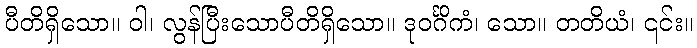
ပီတိရှိသော။ ဝါ၊ လွန်ပြီးသောပီတိရှိသော။ ဒုဝင်္ဂိကံ၊ သော။ တတိယံ၊ ၎င်း။